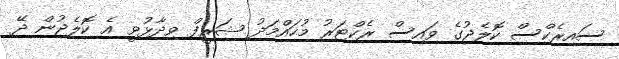
ސައިރެކްސް ކޮލެޖުގެ ވައިސް ރެކްޓަރު މުހައްމަދު ޝަރީފް ވިދާޅުވީ އެ ކޮލެޖުން ދޭ